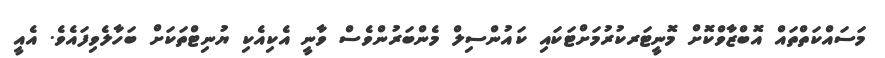
މަސައްކަތްތައް އޮބްޒާވްކޮށް މޮނީޓަރކުރުމަށްޓަކައި ކައުންސިލް މެންބަރުންވެސް ވާނީ އެކިއެކި ޔުނިޓްތަކަށް ބަހާލެވިފައެވެ. އެއީ